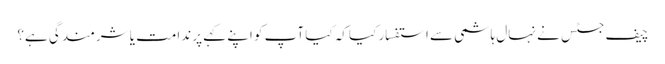
چیف جسٹس نے نہال ہاشمی سے استفسار کیا کہ کیا آپ کو اپنے کہے پر ندامت یا شرمندگی ہے؟